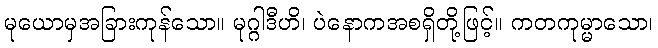
မုယောမှအခြားကုန်သော။ မုဂ္ဂါဒီဟိ၊ ပဲနောကအစရှိတို့ဖြင့်။ ကတကုမ္မာသော၊